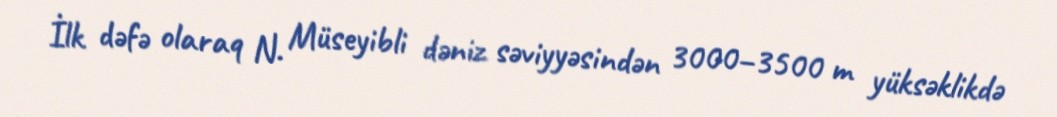
İlk dəfə olaraq N. Müseyibli dəniz səviyyəsindən 3000–3500 m yüksəklikdə